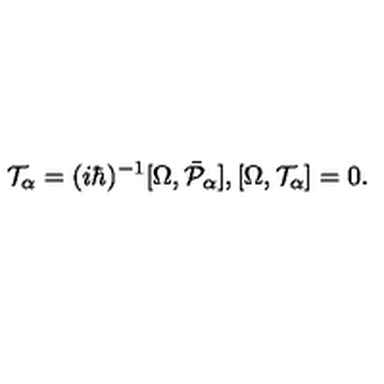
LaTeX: { \cal T } _ { \alpha } = ( i \hbar ) ^ { - 1 } [ \Omega , \bar { { \cal P } } _ { \alpha } ] , [ \Omega , { \cal T } _ { \alpha } ] = 0 .